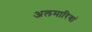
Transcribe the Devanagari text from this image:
अलमारियां